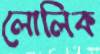
লোলিক